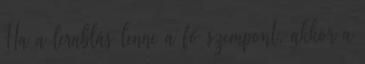
Ha a lerablás lenne a fő szempont, akkor a